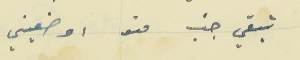
تبقي جنب منو  اوضعيني